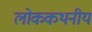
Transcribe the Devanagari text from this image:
लोककथनीय